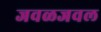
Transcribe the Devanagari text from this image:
जवळजवल